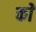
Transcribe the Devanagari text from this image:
काेे